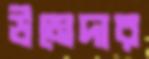
উমেদার